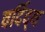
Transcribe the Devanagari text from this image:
वर्दिद्थ